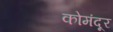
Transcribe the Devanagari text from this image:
कोमंदूर